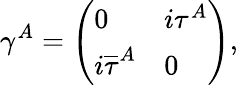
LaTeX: \gamma^{A}=\left(\begin{array}{ll}{{0}}&{{i\tau^{A}}}\\ {{i{\overline{{\tau}}}^{A}}}&{{0}}\end{array}\right),